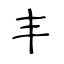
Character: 丰